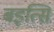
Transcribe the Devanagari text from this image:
बइत्सि